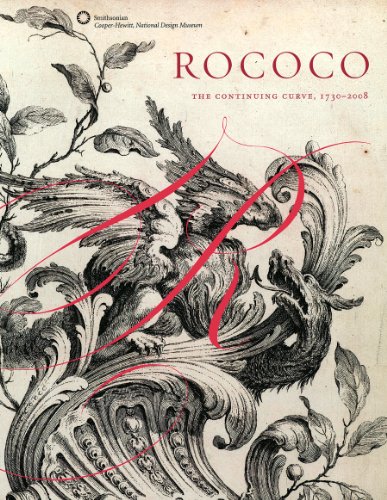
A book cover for Rococo: The Continuing Curve, 1730-2008; Sarah Coffin; Arts & Photography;